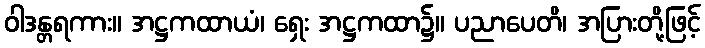
ဝါဒန္တရကား။ အဋ္ဌကထာယံ၊ ရှေး အဋ္ဌကထာ၌။ ပညာပေတိ၊ အပြားတို့ဖြင့်